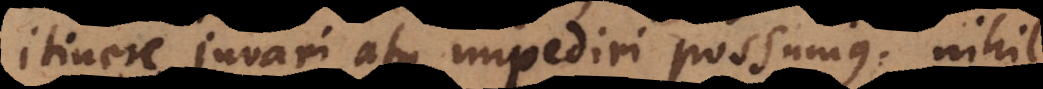
itinere juvari atque impediri possumus, nihil